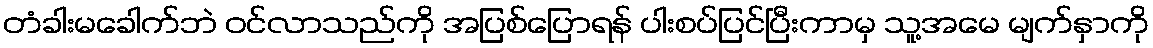
တံခါးမခေါက်ဘဲ ဝင်လာသည်ကို အပြစ်ပြောရန် ပါးစပ်ပြင်ပြီးကာမှ သူ့အမေ မျက်နှာကို